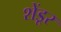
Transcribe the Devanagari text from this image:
शेंडूर